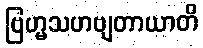
ဗြဟ္မသဟဗျတာယာတိ